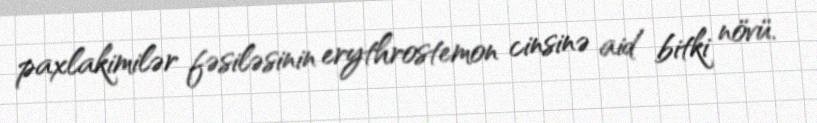
paxlakimilər fəsiləsinin erythrostemon cinsinə aid bitki növü.